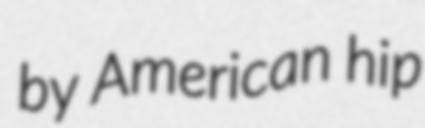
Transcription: by American hip